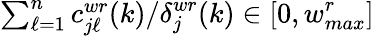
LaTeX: {\textstyle\sum_{\ell=1}^{n}c_{j\ell}^{wr}(k)}/{\delta_{j}^{wr}(k)}\in[0,w_{max}^{r}]